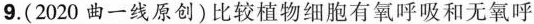
9.(2020曲一线原创)比较植物细胞有氧呼吸和无氧呼